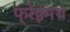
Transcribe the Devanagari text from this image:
फ्रेईमथ